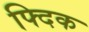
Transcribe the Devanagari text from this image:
फ्दिक